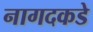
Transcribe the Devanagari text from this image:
नागदकडे